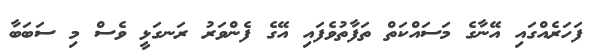
ފަހަރެއްގައި އޭނާގެ މަސައްކަތް ތަފާތުވެފައި އޭގެ ފެންވަރު ރަނގަޅީ ވެސް މި ސަބަބާ